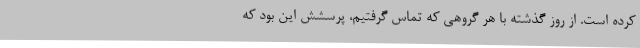
کرده است. از روز گذشته با هر گروهی که تماس گرفتیم، پرسشش این بود که